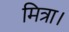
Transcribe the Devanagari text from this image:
मित्रा।